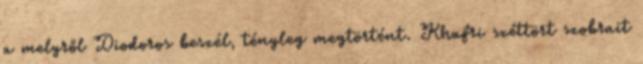
a melyről Diodoros beszél, tényleg megtörtént. Khafri széttört szobrait